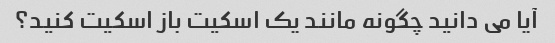
آیا می دانید چگونه مانند یک اسکیت باز اسکیت کنید؟